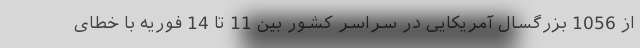
از 1056 بزرگسال آمریکایی در سراسر کشور بین 11 تا 14 فوریه با خطای